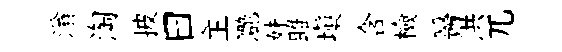
滃淘披曰主灔妹雎塡含檢醫洪兀